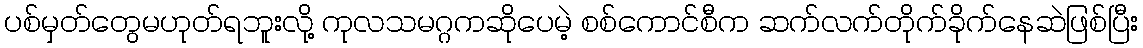
ပစ်မှတ်တွေမဟုတ်ရဘူးလို့ ကုလသမဂ္ဂကဆိုပေမဲ့ စစ်ကောင်စီက ဆက်လက်တိုက်ခိုက်နေဆဲဖြစ်ပြီး